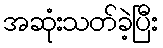
အဆုံးသတ်ခဲ့ပြီး